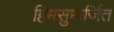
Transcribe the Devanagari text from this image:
हिमसुमार्जित